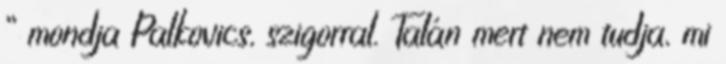
” mondja Palkovics, szigorral. Talán mert nem tudja, mi